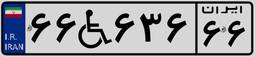
۶۶W۶۳۶۶۶